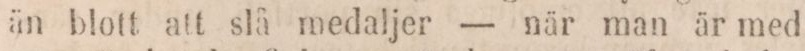
än blott att slå medaljer — när man är med